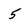
Character: 5